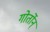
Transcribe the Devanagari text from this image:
गोर्तोन्